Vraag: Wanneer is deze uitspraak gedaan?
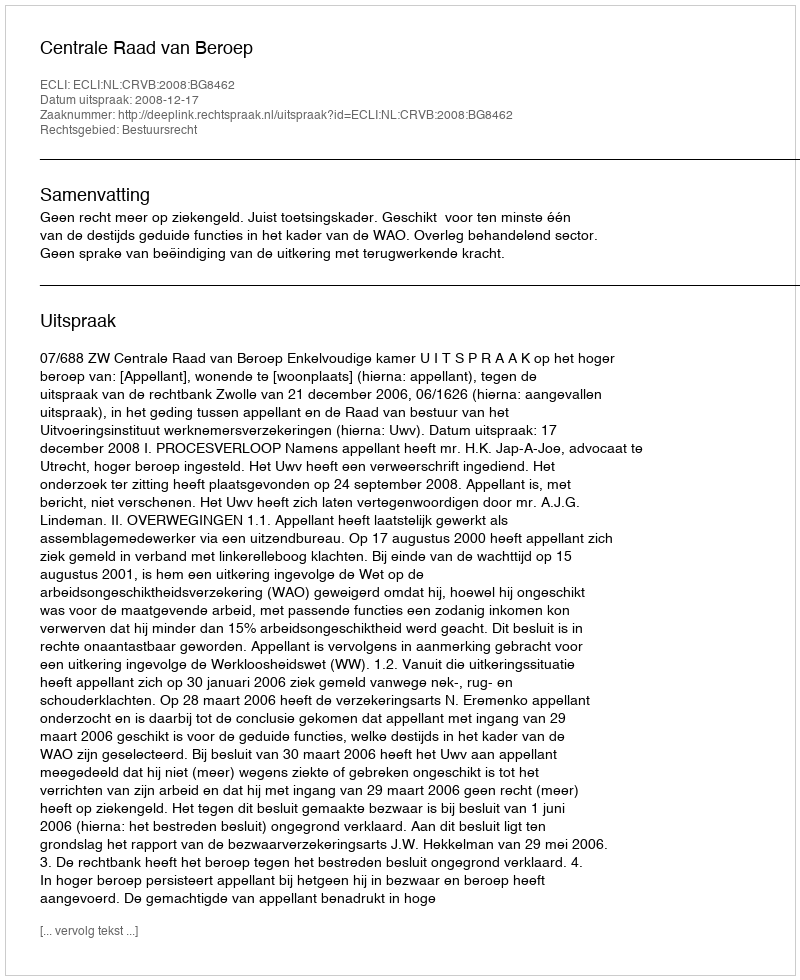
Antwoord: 2008-12-17